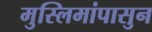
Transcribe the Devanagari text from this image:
मुस्लिमांपासुन